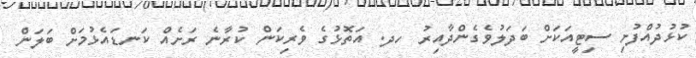
ކުޅުދުއްފުށި ސިޓީއަކަށް ބަދަލުވެގެންދާއިރު ހދ. އަތޮޅުގެ ވެރިކަން ކުރާނެ ރަށެއް ކަނޑައެޅުމަށް ބަލަން